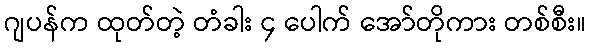
ဂျပန်က ထုတ်တဲ့ တံခါး ၄ ပေါက် အော်တိုကား တစ်စီး။